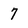
Character: 7